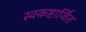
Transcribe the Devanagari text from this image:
स्वकष्टार्जित